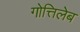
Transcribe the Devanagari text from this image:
गोत्तिलेब